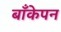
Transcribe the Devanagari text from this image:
बाँकेपन